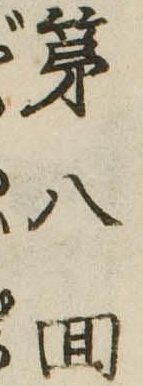
第八回